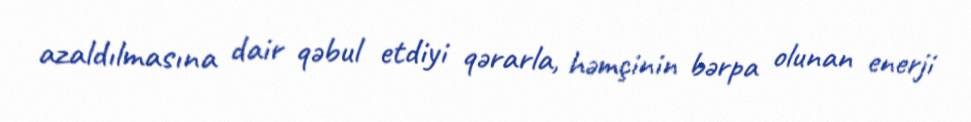
azaldılmasına dair qəbul etdiyi qərarla, həmçinin bərpa olunan enerji